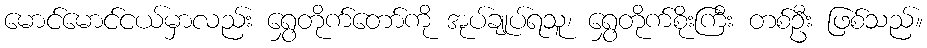
မောင်မောင်ငယ်မှာလည်း ရွှေတိုက်တော်ကို အုပ်ချုပ်ရသူ၊ ရွှေတိုက်စိုးကြီး တစ်ဦး ဖြစ်သည်။